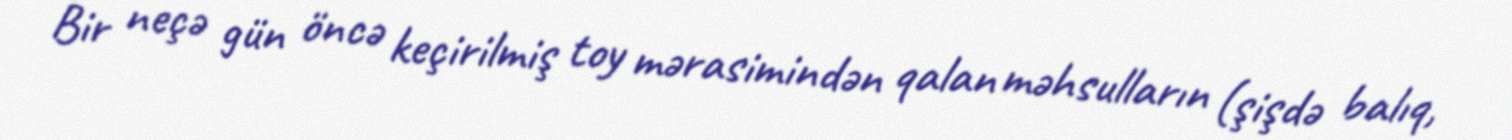
Bir neçə gün öncə keçirilmiş toy mərasimindən qalan məhsulların (şişdə balıq,